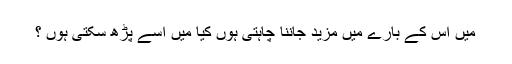
میں اس کے بارے میں مزید جاننا چاہتی ہوں کیا میں اسے پڑھ سکتی ہوں ؟